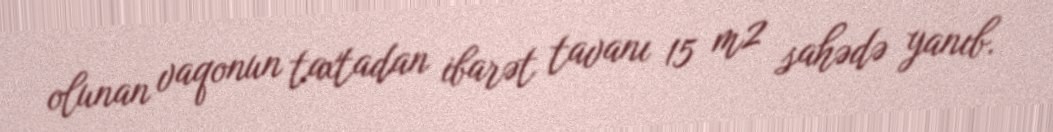
olunan vaqonun taxtadan ibarət tavanı 15 m2 sahədə yanıb.